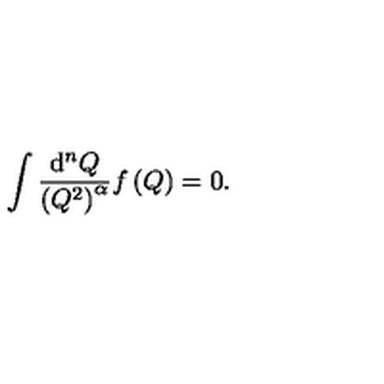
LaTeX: \int \frac { \mathrm { d } ^ { n } Q } { \left( Q ^ { 2 } \right) ^ { \alpha } } f \left( Q \right) = 0 .